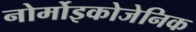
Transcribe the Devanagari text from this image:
नोर्मोइकोजेनिक